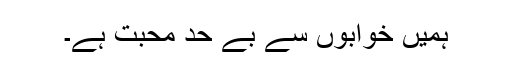
ہمیں خوابوں سے بے حد محبت ہے۔